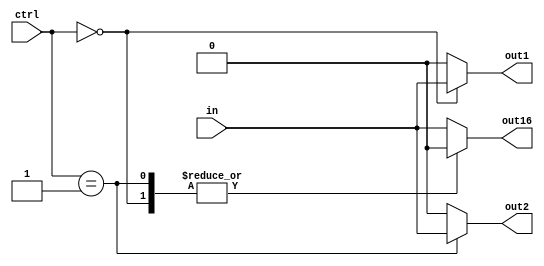
module demux_1to16 (
    input wire in,
    input wire [3:0] ctrl,
    output reg out1,
    output reg out2,
    //...
    output reg out16
);

always @ (*)
begin
    case (ctrl)
        4'b0000: begin
            out1 = in;
            out2 = 1'b0;
            //...
            out16 = 1'b0;
        end 
        4'b0001: begin
            out1 = 1'b0;
            out2 = in;
            //...
            out16 = 1'b0;
        end 
        //...
        default: begin
            out1 = 1'b0;
            out2 = 1'b0;
            //...
            out16 = in;
        end
    endcase
end

endmodule